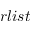
r l i s t